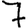
Digit: 7